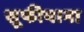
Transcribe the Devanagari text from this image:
सूफीयाना